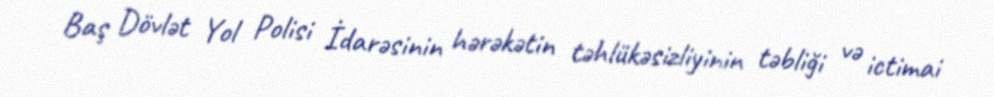
Baş Dövlət Yol Polisi İdarəsinin hərəkətin təhlükəsizliyinin təbliği və ictimai